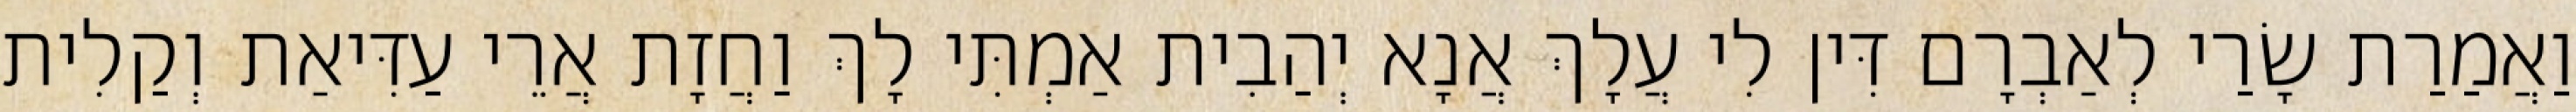
וַאֲמַרַת שָׂרַי לְאַבְרָם דִּין לִי עֲלָךְ אֲנָא יְהַבִית אַמְתִּי לָךְ וַחֲזָת אֲרֵי עַדִּיאַת וְקַלִית